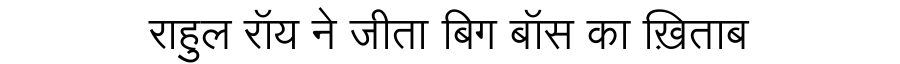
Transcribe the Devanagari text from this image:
राहुल रॉय ने जीता बिग बॉस का ख़िताब